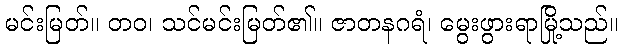
မင်းမြတ်။ တဝ၊ သင်မင်းမြတ်၏။ ဇာတနဂရံ၊ မွေးဖွားရာမြို့သည်။